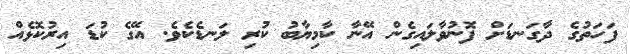
ފަހަތުގެ ދާގަނޑަށް ފޮނުވާލައިގެން އޭނާ ކާމިޔާބު ކުރި ލަނޑެކެވެ. އޭގެ ކުޑަ އިރުކޮޅެއް